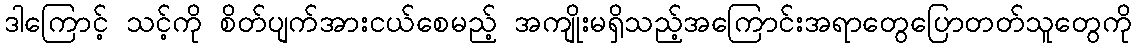
ဒါကြောင့် သင့်ကို စိတ်ပျက်အားငယ်စေမည့် အကျိုးမရှိသည့်အကြောင်းအရာတွေပြောတတ်သူတွေကို